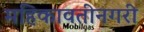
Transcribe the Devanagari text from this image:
महिकावतीनगरी